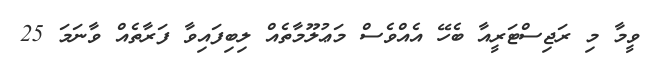
ވީމާ މި ރަޖިސްޓަރީއާ ބެހޭ އެއްވެސް މަޢުލޫމާތެއް ލިބިފައިވާ ފަރާތެއް ވާނަމަ 25